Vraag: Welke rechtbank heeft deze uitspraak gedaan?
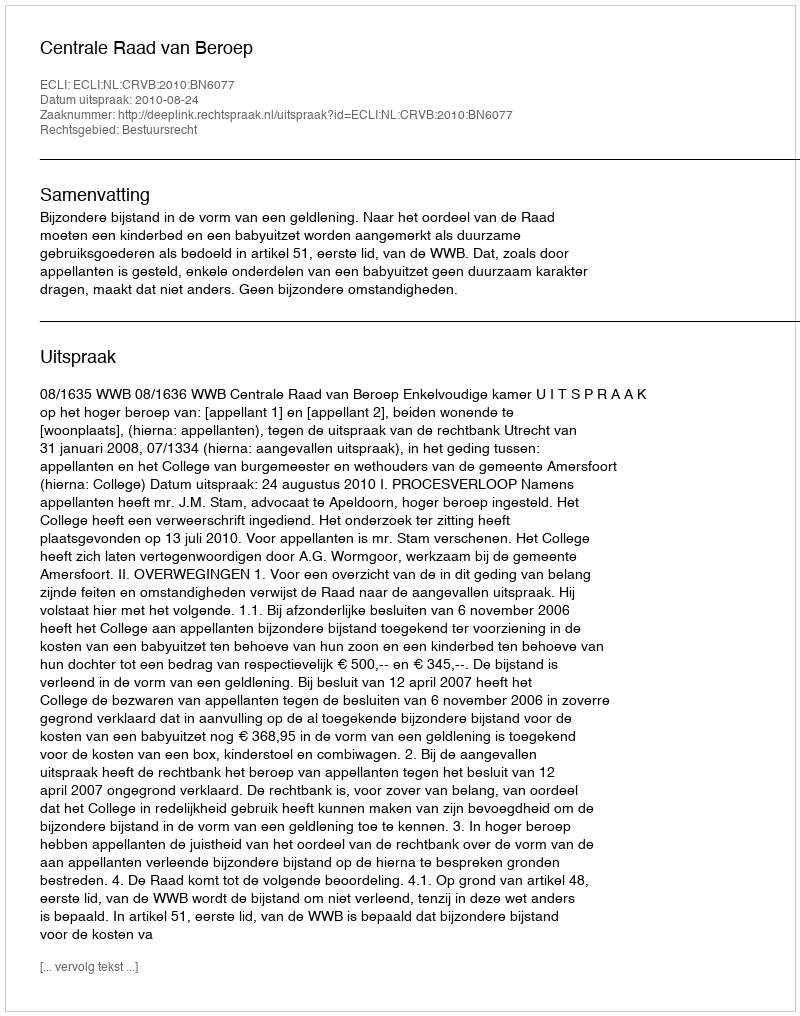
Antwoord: Centrale Raad van Beroep